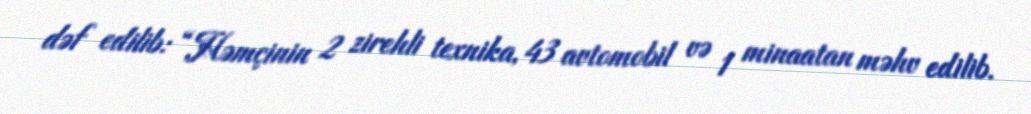
dəf edilib: “Həmçinin 2 zirehli texnika, 43 avtomobil və 1 minaatan məhv edilib.